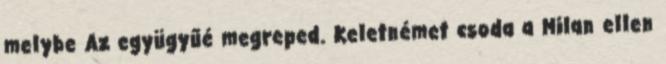
melybe Az együgyűé megreped. Keletnémet csoda a Milan ellen